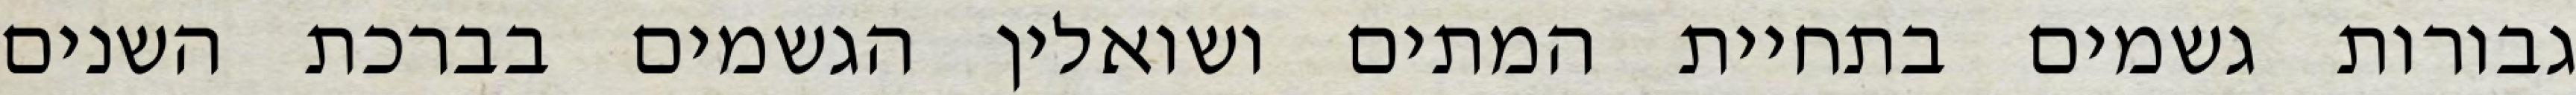
גבורות גשמים בתחיית המתים ושואלין הגשמים בברכת השנים